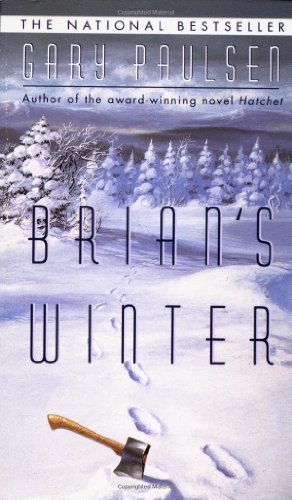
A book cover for Brian's Winter; Gary Paulsen; Teen & Young Adult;